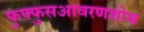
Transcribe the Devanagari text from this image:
फुफ्फुसआवरणशोथ